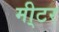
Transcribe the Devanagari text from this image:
मी्टर